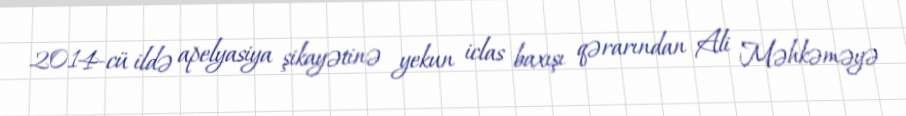
2014-cü ildə apelyasiya şikayətinə yekun iclas baxışı qərarından Ali Məhkəməyə